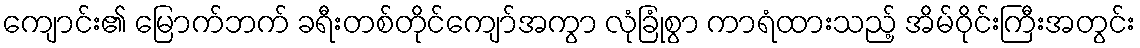
ကျောင်း၏ မြောက်ဘက် ခရီးတစ်တိုင်ကျော်အကွာ လုံခြုံစွာ ကာရံထားသည့် အိမ်ဝိုင်းကြီးအတွင်း